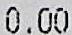
0.00